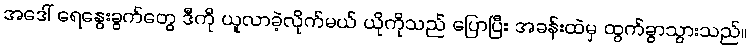
အဒေါ် ရေနွေးခွက်တွေ ဒီကို ယူလာခဲ့လိုက်မယ် ယိုကိုသည် ပြောပြီး အခန်းထဲမှ ထွက်ခွာသွားသည်။